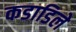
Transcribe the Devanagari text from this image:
कडाडिले